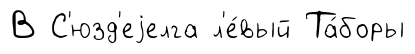
В С'юзд'еjелга л'е́вый Та́боры